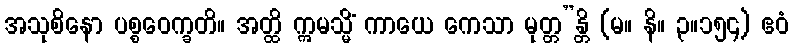
အသုစိနော ပစ္စဝေက္ခတိ။ အတ္ထိ ဣမသ္မိံ ကာယေ ကေသာ မုတ္တ”န္တိ (မ။ နိ။ ၃။၁၅၄) ဧဝံ